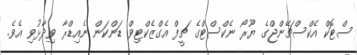
ސްޓޮކް އެކްސްޗޭންޖްގެ ޔޫރޯ ނެކްސްޓްގެ ޗީފް އެގްޒެކްޓިވް ޑަންކަން ނެއިޑްރާ ވިދާޅުވި އެވެ.